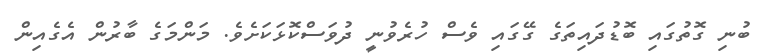
ބުނި ގޮތުގައި ބޮޑުދައިތަގެ ގޭގައި ވެސް ހުރެވުނީ ދުވަސްކޮޅަކަށެވެ. މަންމަގެ ބާރުން އެގެއިން